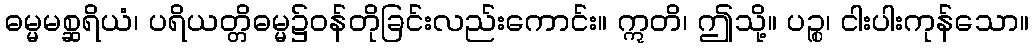
ဓမ္မမစ္ဆရိယံ၊ ပရိယတ္တိဓမ္မ၌ဝန်တိုခြင်းလည်းကောင်း။ ဣတိ၊ ဤသို့။ ပဉ္စ၊ ငါးပါးကုန်သော။